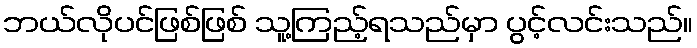
ဘယ်လိုပင်ဖြစ်ဖြစ် သူ့ကြည့်ရသည်မှာ ပွင့်လင်းသည်။